Lunatic asylums Bombay report 1891-1903 - 1891-1903
Year: 1891
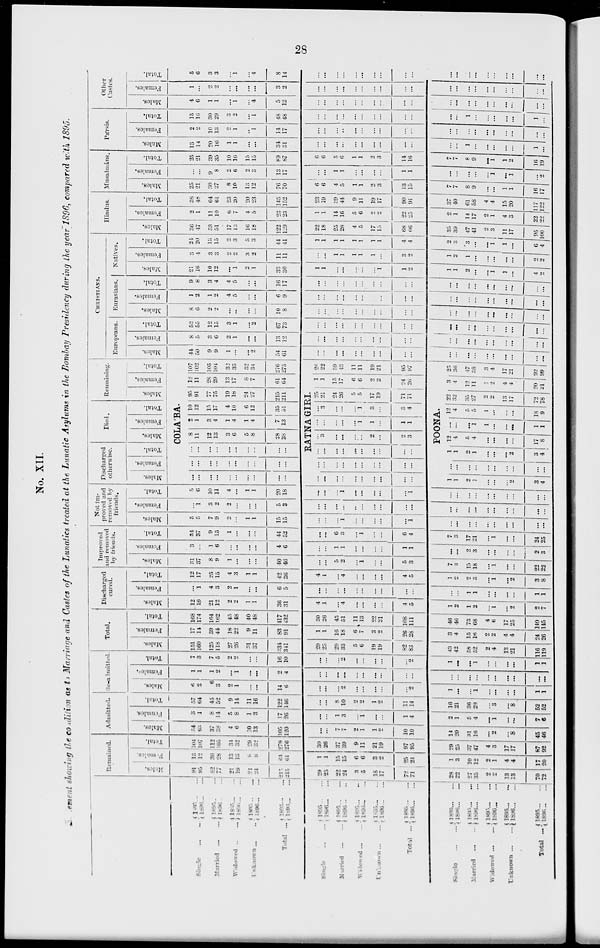
28
No. XII.
ement showing the condition as to Marriage and Castes of the Lunatics treated at the Lunatic Asylums in the Bombay Presidency during the year 1896, compared with 1895.
Single ... ...
Married ... ...
Widowed ... ...
Unknown ... ...
Total ...
1895 ... ...
1896 ... ...
1895 ... ...
1896 ... ...
1895 ... ...
1896 ... ...
1895 ... ...
1896 ... ...
1895 ... ...
1896 ... ...
Single
...
...
Married
...
...
Widowed ... ...
Unknown
...
...
Total
...
1895 ... ...
1896 ... ...
1895 ... ...
1896 ... ...
1895 ... ...
l896 ... ...
1895 ... ...
1896 ... ...
1895 ... ...
1896 ... ...
Single ... ...
Married ... ...
Widowed
...
...
Unknown
...
...
Total ...
1895 ... ...
1896 ... ...
1895 ... ...
1896 ... ...
1895 ... ...
1896 ... ...
1895 ... ...
1896 ... ...
1895 ... ...
1896 ... ...
Remained.
Males.
91
95
82
77
21
19
21
24
215
215
29
25
22
24
3
5
18
17
72
71
28
22
27
35
2
2
13
13
70
72
Females.
13
l2
30
28
13
13
8
8
64
61
1
1
15
15
6
6
3
2
25
24
1
3
10
12
2
1
4
4
17
20
Total.
104
107
112
105
34
32
29
32
279
276
30
26
37
39
9
11
21
19
97
95
29
25
37
47
4
3
17
17
87
92
Admitted.
Males.
54
63
37
38
4
6
10
13
105
120
...
...
7
7
2
1
1
2
10
10
14
20
31
16
...
2
...
8
45
46
Females.
3
1
8
14
5
8
1
3
17
26
...
...
1
3
...
1
...
...
1
4
2
1
5
4
...
1
...
...
7
6
Total.
57
64
45
52
9
14
11
16
122
146
...
...
8
10
2
2
1
2
11
14
16
21
36
20
...
3
...
8
52
52
Re-admitted.
Males.
6
2
6
3
2
1
...
...
14
6
...
...
...
2
...
...
...
...
...
2
1
...
...
1
...
...
...
...
1
1
Females.
1
1
1
2
...
1
...
...
2
4
...
...
...
...
...
...
...
...
...
...
...
...
...
...
...
...
...
...
...
...
Total.
7
3
7
5
2
2
...
...
16
10
...
...
...
2
...
...
...
...
...
2
1
...
...
1
...
...
...
...
1
1
Total.
Males.
151
160
125
118
27
26
31
37
334
341
29
25
29
33
5
6
19
19
82
83
43
42
58
52
2
4
13
21
116
119
Females.
17
14
39
44
18
22
9
11
83
91
1
1
16
18
6
7
3
2
26
28
3
4
15
16
2
2
4
4
24
26
Total.
168
174
164
162
45
48
40
48
417
432
30
26
45
51
11
13
22
21
108
111
46
46
73
68
4
6
17
25
140
145
Discharged
cured.
Males.
12
16
21
12
2
2
1
1
36
31
4
1
...
4
...
...
...
...
4
5
1
2
1
2
...
1
...
2
2
7
Females.
...
1
4
3
2
1
...
...
6
5
...
...
...
...
...
...
...
...
...
...
...
...
1
1
...
...
...
...
1
1
Total
12
17
25
15
4
3
1
1
42
36
4
1
...
4
...
...
...
...
4
5
1
2
2
3
...
1
...
2
3
8
Improved
and removed
by friends.
Males.
31
37
8
9
1
...
...
...
40
46
...
...
5
2
...
1
...
...
5
3
7
3
15
18
...
1
...
...
22
22
Females.
3
...
1
6
...
...
...
...
4
6
...
...
1
1
...
...
...
...
1
1
...
...
2
3
...
...
...
...
2
3
Total.
34
37
9
15
1
...
...
...
44
52
...
...
6
3
...
1
...
...
6
4
7
3
17
21
...
1
...
...
24
25
Not im-
proved and
removed by
friends.
Males.
5
5
7
9
2
...
1
1
15
15
...
...
...
1
...
...
...
...
...
1
...
...
...
...
...
...
...
...
...
...
Females.
...
1
3
2
2
...
...
...
5
3
...
...
...
...
...
...
...
...
...
...
...
...
...
...
...
...
...
...
...
...
Total.
5
6
10
11
4
...
1
1
20
18
...
...
...
1
...
...
...
...
...
1
...
...
...
...
...
...
...
...
...
...
Discharged
otherwise.
Males.
Females.
Total.
Died.
Males.
Females.
Total.
Remaining.
Males.
Females.
Total.
COLÁBA.
...
...
...
...
...
...
...
...
...
...
...
...
...
...
...
...
...
...
...
...
...
...
...
...
...
...
...
...
...
...
8
11
12
13
3
6
5
8
28
38
2
1
3
4
1
4
1
4
7
13
10
12
15
17
4
10
6
12
35
51
95
91
77
75
19
18
24
27
215
211
12
11
28
29
13
17
8
7
61
64
107
102
105
104
32
35
32
34
276
275
RATNAGIRI.
...
...
...
...
...
...
...
...
...
...
...
...
...
...
...
...
...
...
...
...
...
...
...
...
...
...
...
...
...
...
...
3
...
...
...
...
2
...
2
3
...
...
...
...
...
1
1
...
1
1
...
3
...
...
...
1
3
...
3
4
25
21
24
26
5
5
17
19
71
71
1
1
15
17
6
6
2
2
24
26
26
22
39
43
11
11
19
21
95
97
POONA.
1
1
2
1
...
...
...
2
3
4
...
...
...
...
...
...
...
...
...
...
1
1
2
1
...
...
...
2
3
4
12
4
5
4
...
...
...
...
17
8
...
...
...
1
1
...
...
...
1
1
12
4
5
5
1
...
...
...
18
9
22
32
35
27
2
2
13
17
72
78
3
4
12
11
1
2
4
4
20
21
25
36
47
38
3
4
17
21
92
99
CHRISTIANS.
Europeans.
Males.
44
50
9
9
1
...
...
2
54
61
...
...
...
...
...
...
...
...
...
...
...
...
...
...
...
...
...
...
...
...
Females.
8
5
3
6
2
1
...
...
13
12
...
...
...
...
...
...
...
...
...
...
...
...
...
...
...
...
...
...
...
...
Total.
52
55
12
15
3
1
...
2
67
73
...
...
...
...
...
...
...
...
...
...
...
...
...
...
...
...
...
...
...
...
Eurasians.
Males.
8
6
2
2
...
...
...
...
10
8
...
...
...
...
...
...
...
...
...
...
...
...
...
...
...
...
...
...
...
...
Females.
1
2
1
2
4
5
...
...
6
9
...
...
...
...
...
...
...
...
...
...
...
...
...
...
...
...
...
...
...
...
Total.
9
8
3
4
4
5
...
...
16
17
...
...
...
...
...
...
...
...
...
...
...
...
...
...
...
...
...
...
...
...
Natives.
Males.
21
16
10
12
...
1
2
1
33
30
1
1
...
...
...
...
...
1
1
2
1
1
2
...
...
1
1
...
4
2
Females.
3
4
3
3
2
2
3
2
11
11
...
...
1
1
1
1
1
...
3
2
1
2
1
...
...
...
...
...
2
2
Total.
24
20
13
15
2
3
5
3
44
41
1
1
1
1
1
1
1
1
4
4
2
3
3
...
...
1
1
...
6
4
Hindus.
Males.
36
47
53
51
17
13
16
18
122
129
22
18
25
28
4
5
17
15
68
66
35
39
47
41
2
3
11
17
95
100
Females.
2
1
11
10
6
7
4
5
23
23
1
1
14
16
5
6
2
2
22
25
2
1
14
17
2
1
4
3
22
22
Total.
38
48
64
61
23
20
20
23
145
152
23
19
39
44
9
11
19
17
90
91
37
40
61
58
4
4
15
20
117
122
Musalmáns.
Males.
25
21
30
27
8
10
13
12
76
70
6
6
4
5
1
1
2
3
13
15
7
7
8
9
...
...
1
1
16
17
Females.
...
...
9
8
2
6
2
3
13
17
...
...
1
1
...
...
...
...
1
1
...
...
...
...
...
1
...
1
...
2
Total.
25
21
39
35
10
16
15
15
89
87
6
6
5
6
1
1
2
3
14
16
7
7
8
9
...
1
1
2
16
19
Pársis.
Males.
13
14
20
16
1
1
...
...
34
31
...
...
...
...
...
...
...
...
...
...
...
...
1
...
...
...
...
...
1
...
Females.
2
2
10
13
2
1
...
1
14
17
...
...
...
...
...
...
...
...
...
...
...
...
...
...
...
...
...
...
...
...
Total.
15
16
30
29
3
2
...
1
48
48
...
...
...
...
...
...
...
...
...
...
...
...
1
...
...
...
...
...
1
...
Other
Castes.
Males.
4
6
1
1
...
1
...
4
5
12
...
...
...
...
...
...
...
...
...
...
...
...
...
...
...
...
...
...
...
...
Females.
1
...
2
2
...
...
...
...
3
2
...
...
...
...
...
...
...
...
...
...
...
...
...
...
...
...
...
...
...
...
Total.
5
6
3
3
...
1
...
4
8
14
...
...
...
...
...
...
...
...
...
...
...
...
...
...
...
...
...
...
...
...